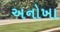
અનોખા